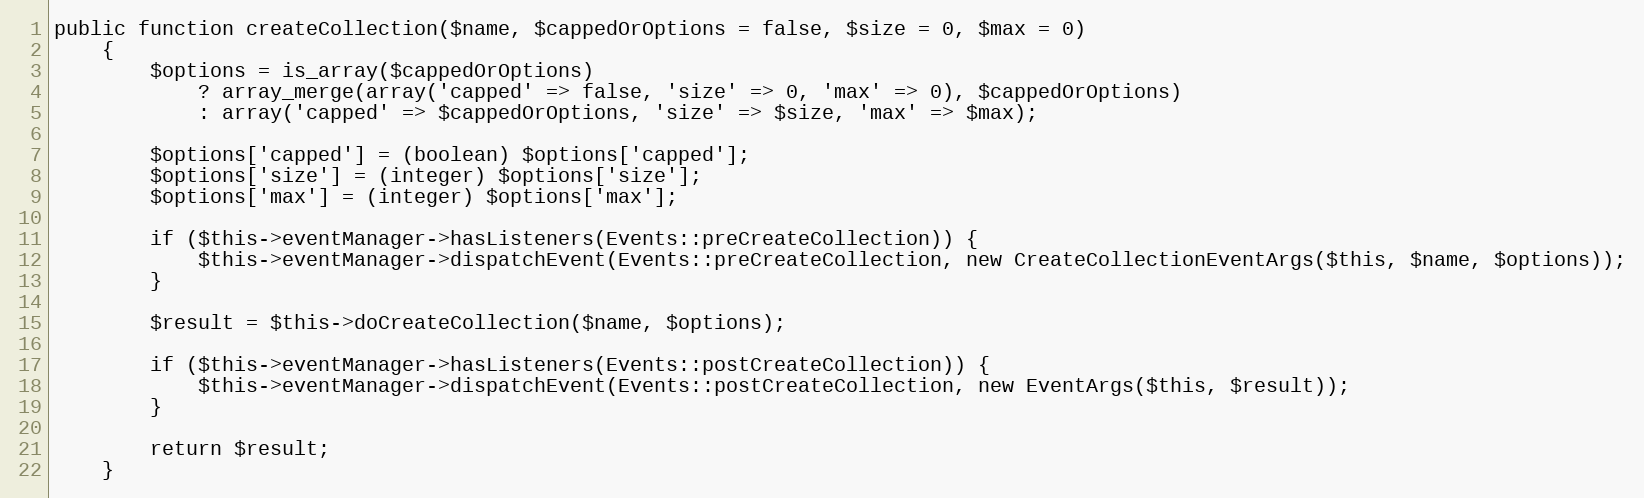
Language: PHP
public function createCollection($name, $cappedOrOptions = false, $size = 0, $max = 0)
    {
        $options = is_array($cappedOrOptions)
            ? array_merge(array('capped' => false, 'size' => 0, 'max' => 0), $cappedOrOptions)
            : array('capped' => $cappedOrOptions, 'size' => $size, 'max' => $max);

        $options['capped'] = (boolean) $options['capped'];
        $options['size'] = (integer) $options['size'];
        $options['max'] = (integer) $options['max'];

        if ($this->eventManager->hasListeners(Events::preCreateCollection)) {
            $this->eventManager->dispatchEvent(Events::preCreateCollection, new CreateCollectionEventArgs($this, $name, $options));
        }

        $result = $this->doCreateCollection($name, $options);

        if ($this->eventManager->hasListeners(Events::postCreateCollection)) {
            $this->eventManager->dispatchEvent(Events::postCreateCollection, new EventArgs($this, $result));
        }

        return $result;
    }